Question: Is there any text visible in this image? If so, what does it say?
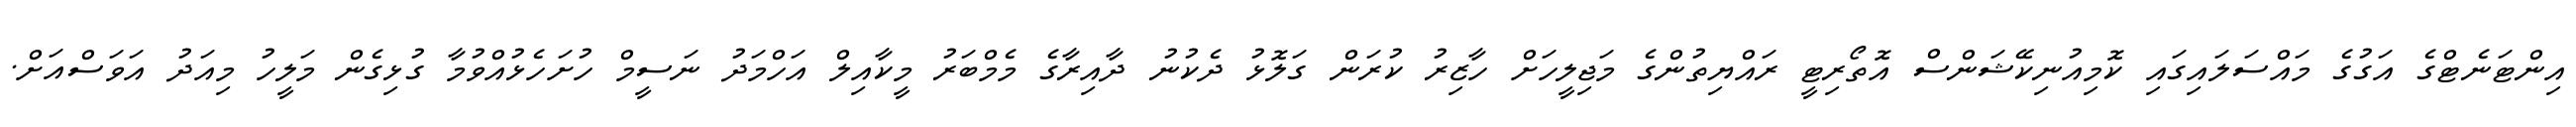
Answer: އިންޓަނެޓްގެ އަގުގެ މައްސަލައިގައި ކޮމިއުނިކޭޝަންސް އޮތޯރިޓީ ރައްޔިތުންގެ މަޖިލީހަށް ހާޒިރު ކުރަން ގަލޮޅު ދެކުނު ދާއިރާގެ މެމްބަރު މީކާއިލް އަހްމަދު ނަސީމް ހުށަހެޅުއްވުމާ ގުޅިގެން މަލީހު މިއަދު އަވަސްއަށް.